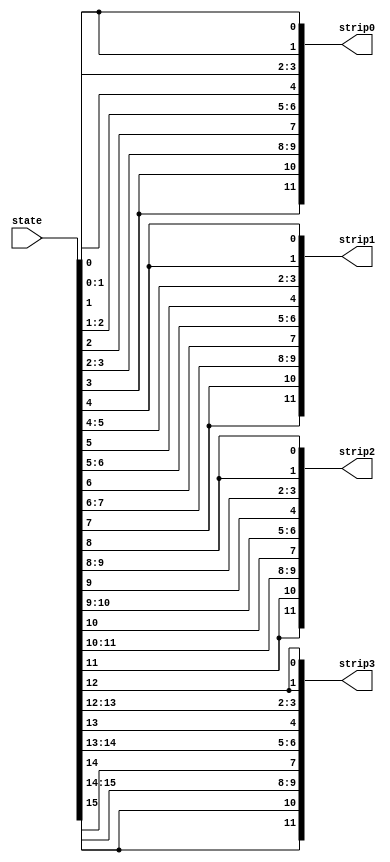
/*
   This file was generated automatically by Alchitry Labs version 1.2.7.
   Do not edit this file directly. Instead edit the original Lucid source.
   This is a temporary file and any changes made to it will be destroyed.
*/

module display_encoder_19 (
    input [15:0] state,
    output reg [11:0] strip0,
    output reg [11:0] strip1,
    output reg [11:0] strip2,
    output reg [11:0] strip3
  );
  
  
  
  always @* begin
    strip0[0+2-:3] = {2'h3{state[0+0-:1]}};
    strip0[3+2-:3] = {2'h3{state[1+0-:1]}};
    strip0[6+2-:3] = {2'h3{state[2+0-:1]}};
    strip0[9+2-:3] = {2'h3{state[3+0-:1]}};
    strip1[0+2-:3] = {2'h3{state[4+0-:1]}};
    strip1[3+2-:3] = {2'h3{state[5+0-:1]}};
    strip1[6+2-:3] = {2'h3{state[6+0-:1]}};
    strip1[9+2-:3] = {2'h3{state[7+0-:1]}};
    strip2[0+2-:3] = {2'h3{state[8+0-:1]}};
    strip2[3+2-:3] = {2'h3{state[9+0-:1]}};
    strip2[6+2-:3] = {2'h3{state[10+0-:1]}};
    strip2[9+2-:3] = {2'h3{state[11+0-:1]}};
    strip3[0+2-:3] = {2'h3{state[12+0-:1]}};
    strip3[3+2-:3] = {2'h3{state[13+0-:1]}};
    strip3[6+2-:3] = {2'h3{state[14+0-:1]}};
    strip3[9+2-:3] = {2'h3{state[15+0-:1]}};
  end
endmodule